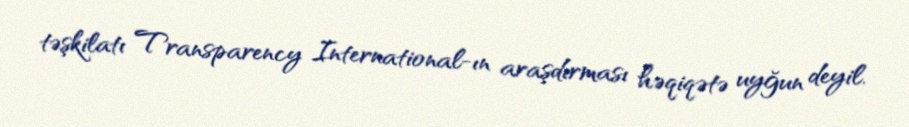
təşkilatı Transparency International-ın araşdırması həqiqətə uyğun deyil.